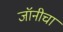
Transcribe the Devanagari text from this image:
जॉनीचा